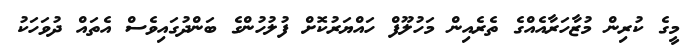
މީގެ ކުރިން މުޒާހަރާއެއްގެ ތެރެއިން މަހުލޫފް ހައްޔަރުކޮށް ފުލުހުންގެ ބަންދުގައިވެސް އެތައް ދުވަހަކު